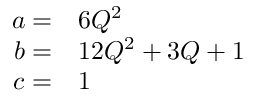
\begin{array} { r l } { a = } & { { } 6 Q ^ { 2 } } \\ { b = } & { { } 1 2 Q ^ { 2 } + 3 Q + 1 } \\ { c = } & { { } 1 } \end{array}